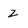
Character: Z